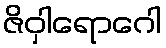
ဇိဝှါရောဂေါ